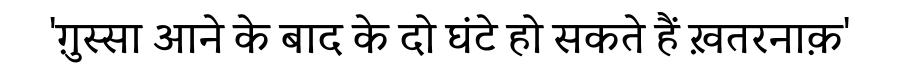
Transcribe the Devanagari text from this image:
'ग़ुस्सा आने के बाद के दो घंटे हो सकते हैं ख़तरनाक़'